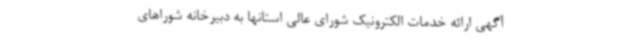
آگهی ارائه خدمات الکترونیک شورای عالی استانها به دبیرخانه شوراهای